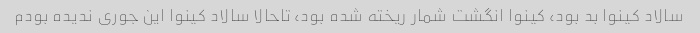
سالاد کینوا بد بود، کینوا انگشت شمار ریخته شده بود، تاحالا سالاد کینوا این جوری ندیده بودم